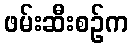
ဖမ်းဆီးစဉ်က